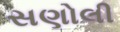
સણોલી